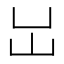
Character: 𡴳